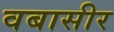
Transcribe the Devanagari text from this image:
वबासीर